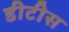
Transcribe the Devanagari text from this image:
डीटीस